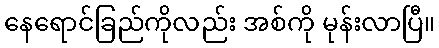
နေရောင်ခြည်ကိုလည်း အစ်ကို မုန်းလာပြီ။